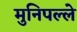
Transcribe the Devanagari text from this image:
मुनिपल्ले